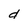
Character: d